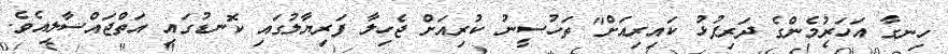
ހިނގާ އަހަރުމެންގެ ދަރިފުޅު ކައިރިއަށް" ތަހުސީނު ކުރިއަށް ޖެހިލާ ފަރިޔާލުގައި ކޮނޑުގައި އަތްޖައްސާލިއެވެ.